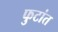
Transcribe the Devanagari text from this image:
फुटांत